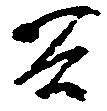
谷